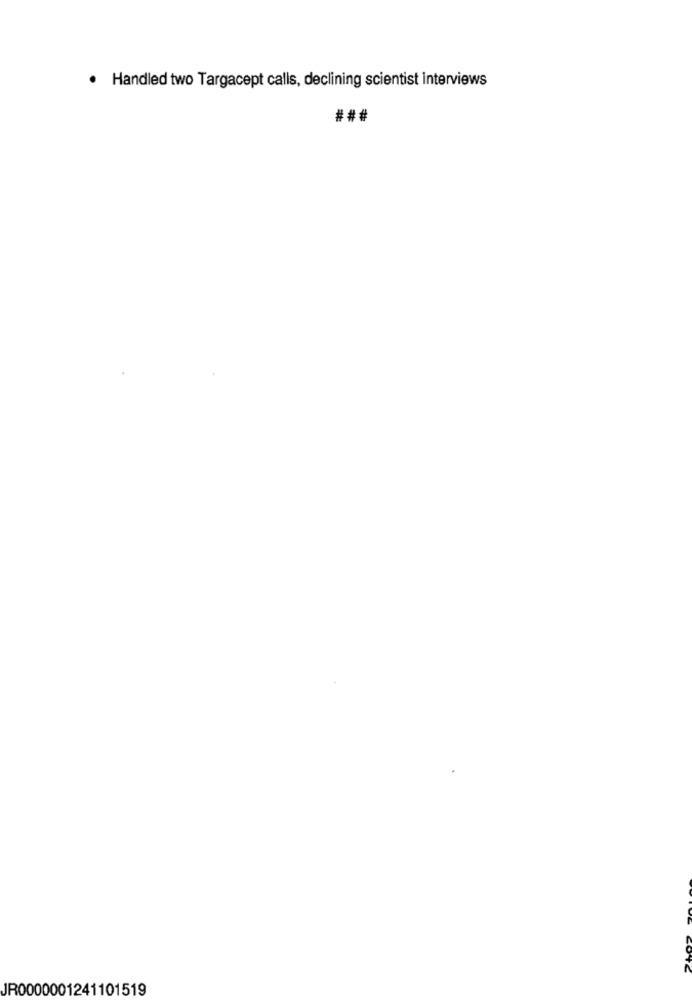
· Handled two Targacept calls, declining scientist interviews
###
JR0000001241101519